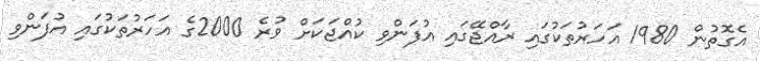
އެގޮތުން 1980 އަހަރުތަކުގައި ރާއްޖޭގައި އުފަންވި ކުއްޖަކަށް ވުރެ 2000ގެ އަހަރުތަކުގައި އުފަންވި